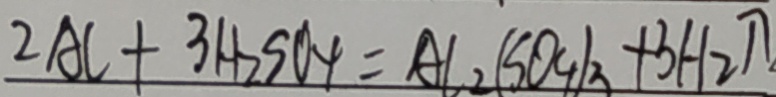
2 A l + 3 H _ { 2 } S O _ { 4 } = A l _ { 2 } ( S O _ { 4 } ) _ { 3 } + 3 H _ { 2 } \uparrow